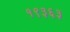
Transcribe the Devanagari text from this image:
१९३६३